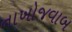
નાખોજવાબ